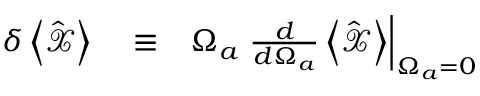
\begin{array} { r l r } { \delta \left< \hat { \mathcal X } \right> } & { { } \equiv } & { \Omega _ { a } \left. \frac { d } { d \Omega _ { a } } \left< \hat { \mathcal X } \right> \right| _ { \Omega _ { a } = 0 } } \end{array}